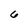
Character: 6